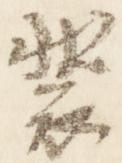
装